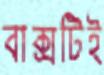
বাক্সটিই